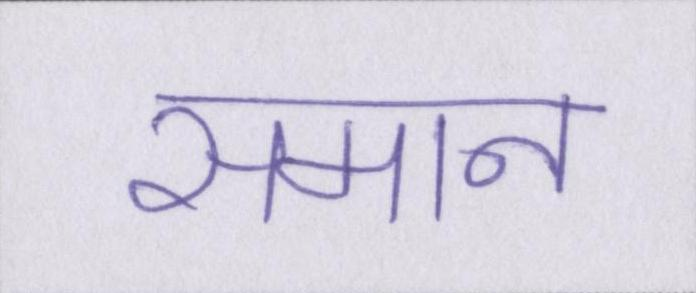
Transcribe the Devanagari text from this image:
समान